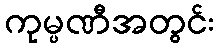
ကုမ္ပဏီအတွင်း